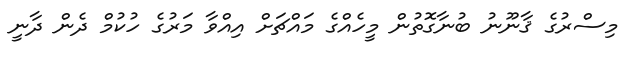
މިސްރުގެ ޤާނޫނު ބުނާގޮތުން މީހެއްގެ މައްޗަށް އިއްވާ މަރުގެ ހުކުމް ދެން ދާނީ